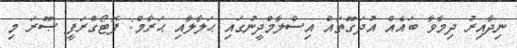
ނިދާއިރު ދިމާވާ ބައެއް އުދަގޫތައް އިސްލާމްދީނުގައި ޙަލާލާއި ޙަރާމް: ފޮޓޯގްރަފީ ޞޫރަ މި